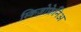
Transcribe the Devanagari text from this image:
स्किज़ोफ्रेनिअ